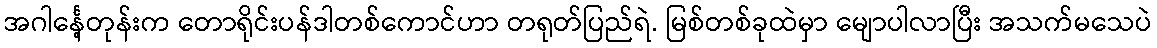
အဂါင်္နေ့တုန်းက တောရိုင်းပန်ဒါတစ်ကောင်ဟာ တရုတ်ပြည်ရဲ. မြစ်တစ်ခုထဲမှာ မျောပါလာပြီး အသက်မသေပဲ